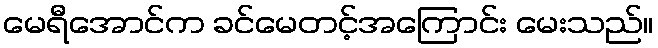
မေရီအောင်က ခင်မေတင့်အကြောင်း မေးသည်။